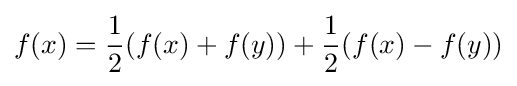
f(x)={\frac {1}{2}}(f(x)+f(y))+{\frac {1}{2}}(f(x)-f(y))